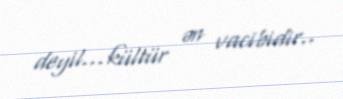
deyil...kültür ən vacibidir..